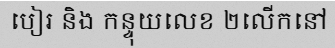
បៀរ និង កន្ទុយលេខ ២លើកនៅ